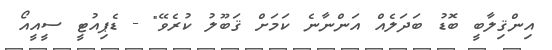
އިންޤިލާބީ ބޮޑު ބަދަލެއް އަންނާނެ ކަމަށް ޤަބޫލު ކުރެވޭ" - ޑެޕިއުޓީ ސީއީއޯ